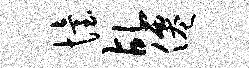
怡乩仙